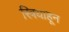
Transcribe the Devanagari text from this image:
स्त्रियाहून